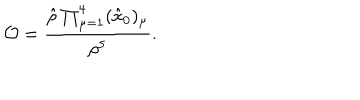
{ \cal O } = { \frac { \hat { \rho } \prod _ { \mu = 1 } ^ { 4 } ( \hat { x } _ { 0 } ) _ { \mu } } { \rho ^ { 5 } } } .